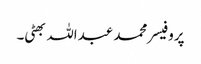
پروفیسر محمد عبداللہ بھٹی۔